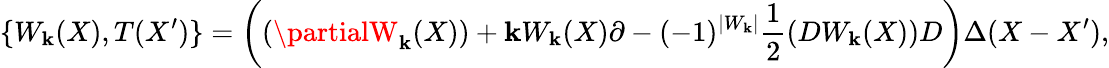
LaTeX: \{ W_{\mathbf{k}}(X),T(X^{\prime})\} =\left((\partialW_{\mathbf{k}}(X))+\mathbf{k}W_{\mathbf{k}}(X)\partial-(-1)^{|W_{\mathbf{k}}|}\frac{{1}}{{2}}(DW_{\mathbf{k}}(X))D\right)\Delta(X-X^{\prime}),